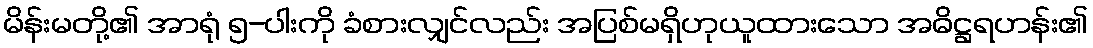
မိန်းမတို့၏ အာရုံ ၅-ပါးကို ခံစားလျှင်လည်း အပြစ်မရှိဟုယူထားသော အဓိဋ္ဌရဟန်း၏